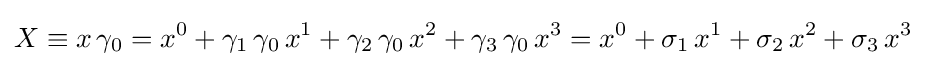
X\equiv x\,\gamma _{0}=x^{0}+\gamma _{1}\,\gamma _{0}\,x^{1}+\gamma _{2}\,\gamma _{0}\,x^{2}+\gamma _{3}\,\gamma _{0}\,x^{3}=x^{0}+\sigma _{1}\,x^{1}+\sigma _{2}\,x^{2}+\sigma _{3}\,x^{3}